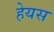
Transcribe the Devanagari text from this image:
हेयस